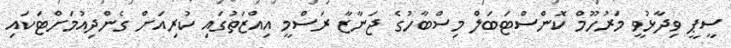
ސީޕީ ވިދާޅުވީ މަރުހޫމް ކޮންސްޓަބަލް މިސްބާހުގެ ޖަނާޒާ ރަސްމީ އިއްޒަތުގައި ކުރިއަށް ގެންދިއުމަށްޓަކައި